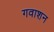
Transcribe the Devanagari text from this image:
गवाशन